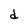
Character: d